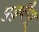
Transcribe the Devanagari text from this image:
पुडुवैप्पू